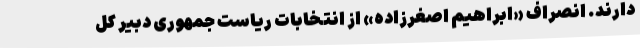
دارند. انصراف «ابراهیم اصغرزاده» از انتخابات ریاست‌ جمهوری دبیر کل